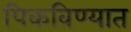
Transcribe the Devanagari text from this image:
पिकविण्यात